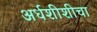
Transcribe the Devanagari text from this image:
अर्धशीशीचा